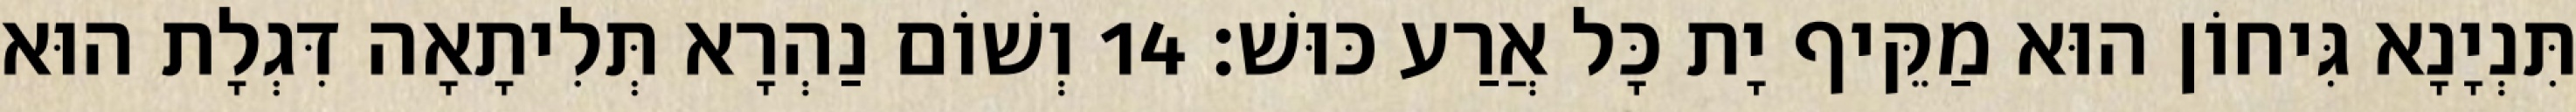
תִּנְיָנָא גִּיחוֹן הוּא מַקֵּיף יָת כָּל אֲרַע כּוּשׁ׃ 14 וְשׁוֹם נַהְרָא תְּלִיתָאָה דִּגְלָת הוּא